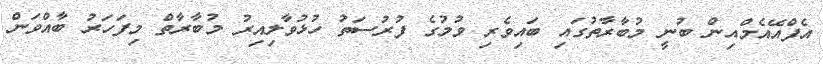
އެފްއޭއެމްއިން ބުނީ މުބާރާތުގައި ބައިވެރި ވުމުގެ ފުރުސަތު ހުޅުވާލިއިރު މުބާރާތް މިފަހަރު ބާއްވަން